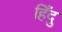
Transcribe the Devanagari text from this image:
हिँदु